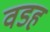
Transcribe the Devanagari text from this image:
वडह